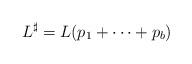
LaTeX: \begin{align*} L^\sharp = L(p_1+\cdots+p_b)\end{align*}